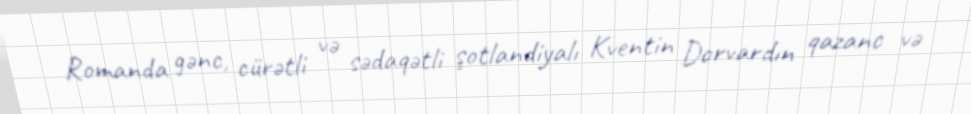
Romanda gənc, cürətli və sədaqətli şotlandiyalı Kventin Dorvardın qazanc və